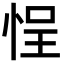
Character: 悜